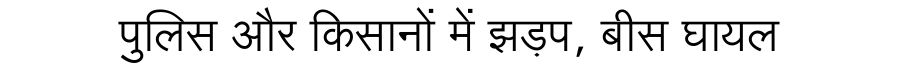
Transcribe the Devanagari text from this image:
पुलिस और किसानों में झड़प, बीस घायल